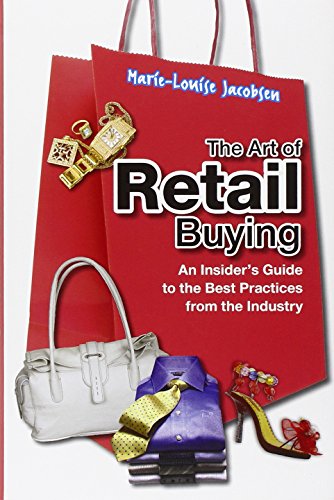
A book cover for The Art of Retail Buying: An Introduction to Best Practices from the Industry; Marie-Louise Jacobsen; Business & Money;